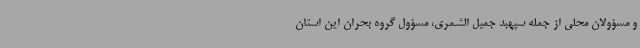
و مسؤولان محلی از جمله سپهبد جمیل الشمری، مسؤول گروه بحران این استان